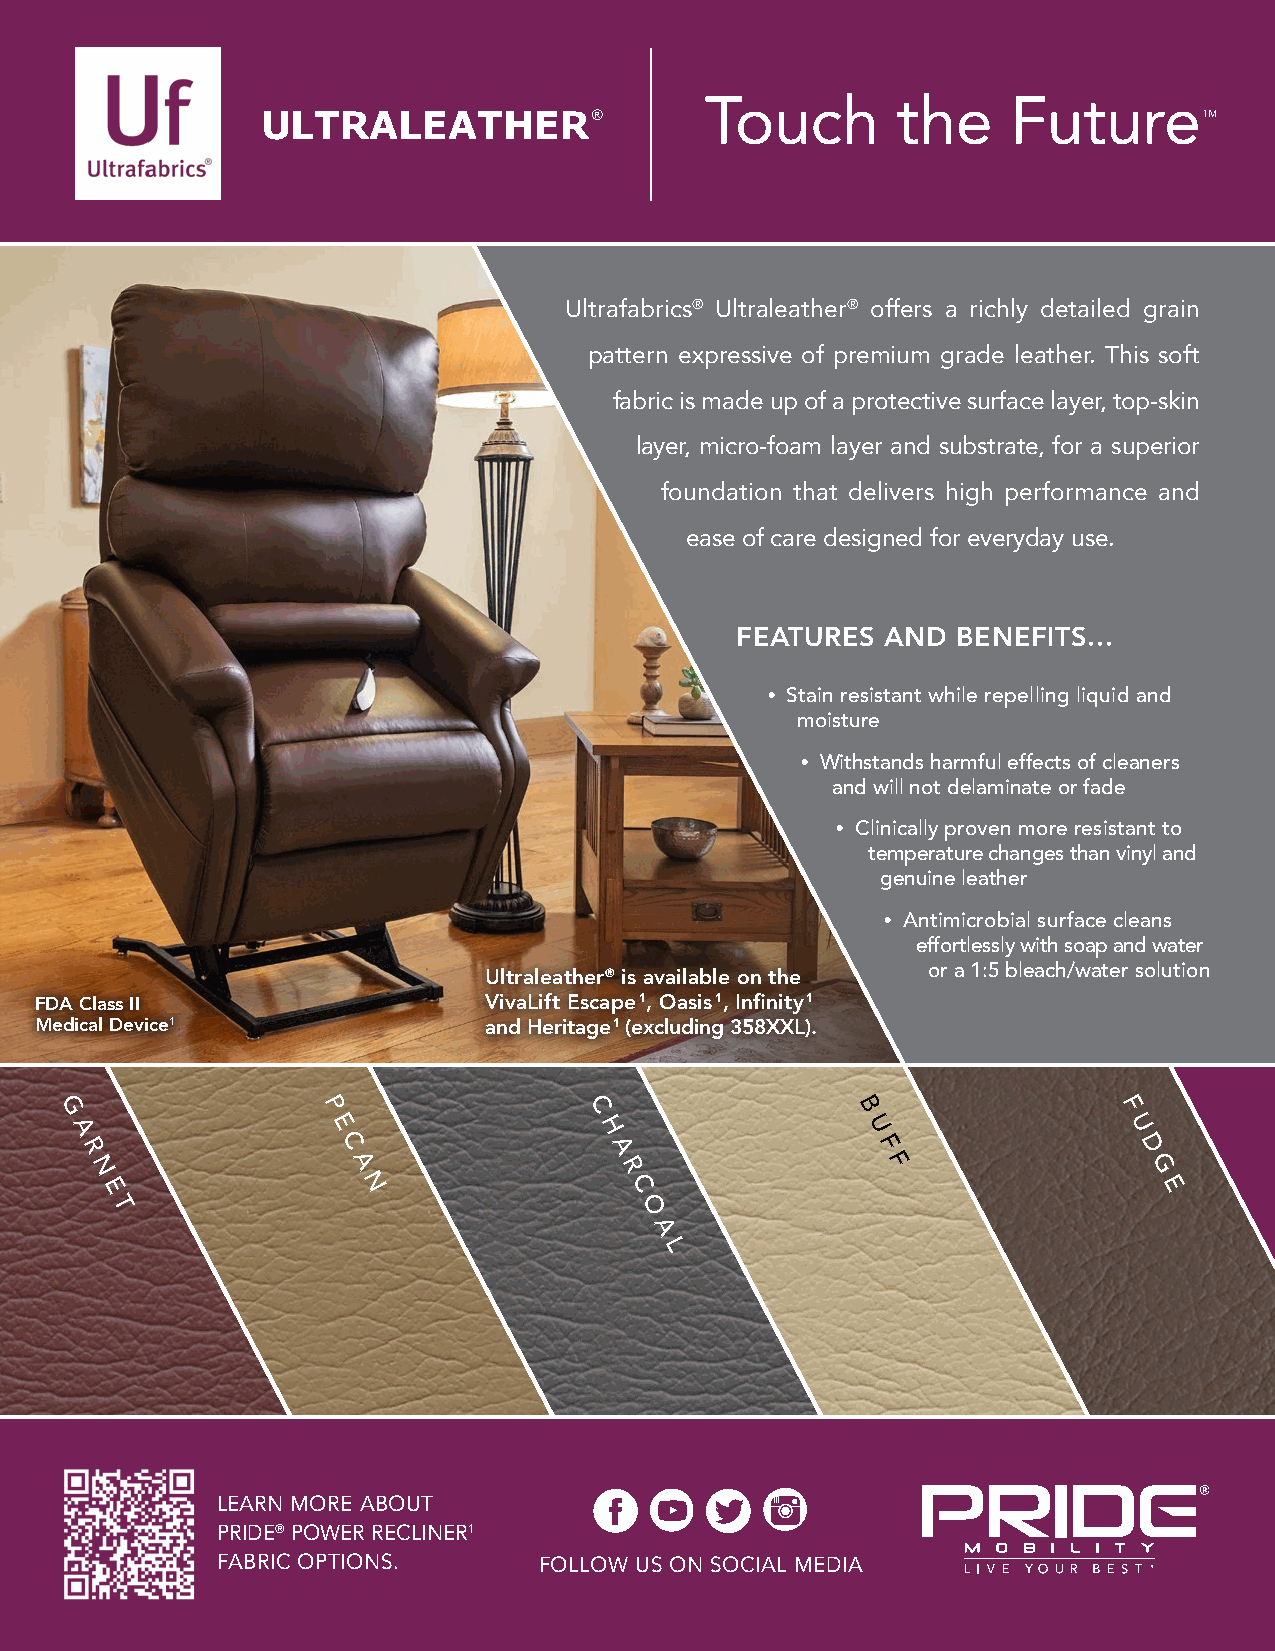
ULTRALEATHER®                 Touch       the     Future
 Ultrafabrics® Ultraleather® offers a richly detailed grain
 pattern expressive of premium grade leather. This soft
 fabric is made up of a protective surface layer, top-skin
 layer, micro-foam layer and substrate, for a superior
 foundation that delivers high performance and
 ease of care designed for everyday use.
 FEATURES  AND BENEFITS...
 • Stain resistant while repelling liquid and
 moisture
 • Withstands harmful effects of cleaners
 and will not delaminate or fade
 • Clinically proven more resistant to
 temperature changes than vinyl and
 genuine leather
 • Antimicrobial surface cleans
 effortlessly with soap and water
 Ultraleather® is available on the or a 1:5 bleach/water solution
 FDA Class II                  VivaLift Escape 1, Oasis 1, Infinity 1
 Medical Device1               and Heritage1 (excluding 358XXL).
 G                 P                C                 B                 F
 A                E                 H                 U                U
 R                C                 A                 F                D
 N                A                 R                F                 G
 E                N                 C                                  E
 T                                  O
 A
 L
 fyti
 LEARN MORE ABOUT
 PRIDE® POWER RECLINER1
 FABRIC OPTIONS.       FOLLOW US ON SOCIAL MEDIA